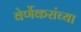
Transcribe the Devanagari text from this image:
वेर्णेकरांच्या